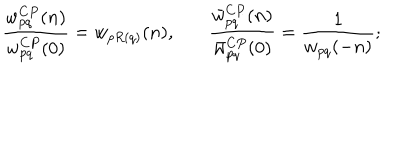
LaTeX: \frac { w _ { p q } ^ { C P } ( n ) } { w _ { p q } ^ { C P } ( 0 ) } = w _ { p R ( q ) } ( n ) , ~ \frac { \bar { w } _ { p q } ^ { C P } ( n ) } { \bar { w } _ { p q } ^ { C P } ( 0 ) } = \frac { 1 } { w _ { p q } ( - n ) } ;